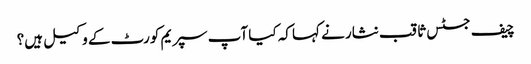
چیف جسٹس ثاقب نثار نے کہا کہ کیا آپ سپریم کورٹ کے وکیل ہیں؟